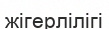
жігерлілігі